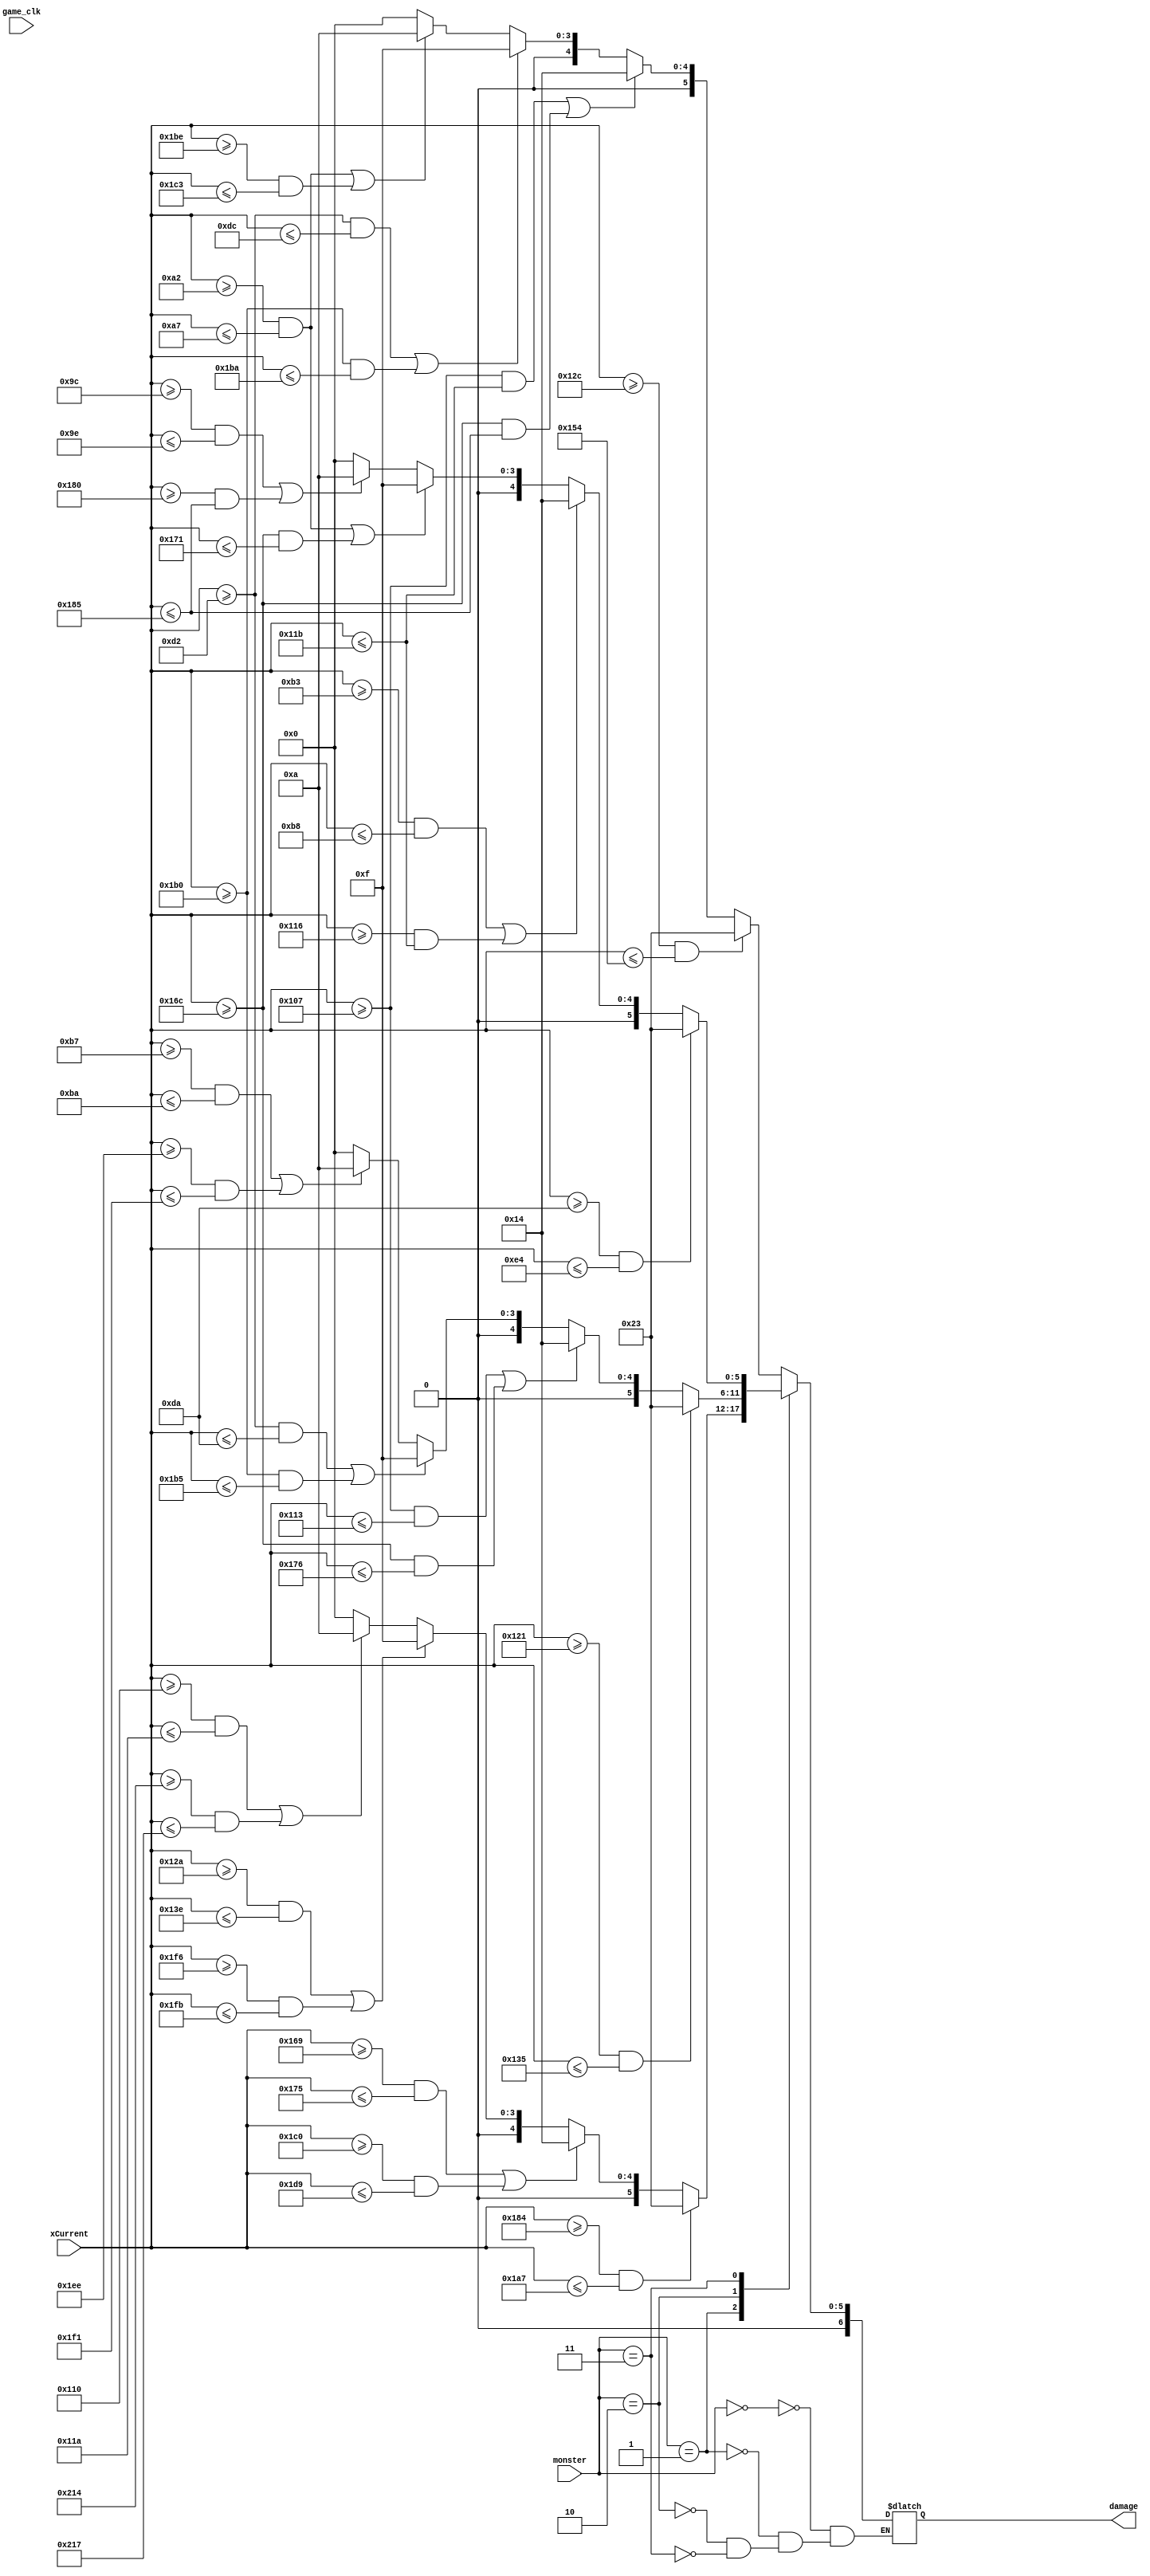
`timescale 1ns / 1ps
//////////////////////////////////////////////////////////////////////////////////
// Company: Chulalongkorn University
// Organization: This pug is on fire!
// 
// Design Name: 
// Module Name: damageCompute
// Project Name: 
// Target Devices: 
// Tool Versions: 
// Description: 
// 
// Dependencies: 
// 
// Revision:
// Revision 0.01 - File Created
// Additional Comments:
// 
//////////////////////////////////////////////////////////////////////////////////


module damageCompute(
    input game_clk,
    input [9:0] xCurrent,
    input [2:0] monster,
    output [6:0] damage
    );
    reg [6:0] Vdamage;
    reg [3:0] color;
    
    assign damage = Vdamage;
    //damage 35, 20, 15, 10, 0 -> (35 is White)
    always @ (game_clk)
    begin
        case(monster)
            0: begin 
                if (xCurrent>=300 && xCurrent<=340) Vdamage = 35;
                else if ((xCurrent>=263 && xCurrent<=283) | (xCurrent>=364 && xCurrent<=389)) Vdamage = 20;
                else if ((xCurrent>=210 && xCurrent<=220) | (xCurrent>=432 && xCurrent<=442)) Vdamage = 15;
                else if ((xCurrent>=162 && xCurrent<=167) | (xCurrent>=446 && xCurrent<=451)) Vdamage = 10;
                else Vdamage = 0;
            end
            1:begin 
                if (xCurrent>=388 && xCurrent<=423) Vdamage = 35;
                else if ((xCurrent>=361 && xCurrent<=373) | (xCurrent>=448 && xCurrent<=473)) Vdamage = 20;
                else if ((xCurrent>=298 && xCurrent<=318) | (xCurrent>=502 && xCurrent<=507)) Vdamage = 15;
                else if ((xCurrent>=272 && xCurrent<=282) | (xCurrent>=532 && xCurrent<=535)) Vdamage = 10;
                else Vdamage = 0;
            end
            2:begin 
                if (xCurrent>=289 && xCurrent<=309) Vdamage = 35;
                else if ((xCurrent>=263 && xCurrent<=275) | (xCurrent>=364 && xCurrent<=374)) Vdamage = 20;
                else if ((xCurrent>=210 && xCurrent<=218) | (xCurrent>=432 && xCurrent<=437)) Vdamage = 15;
                else if ((xCurrent>=183 && xCurrent<=186) | (xCurrent>=494 && xCurrent<=497)) Vdamage = 10;
                else Vdamage = 0;
            end
            3:begin 
                if (xCurrent>=218 && xCurrent<=228) Vdamage = 35;
                else if ((xCurrent>=179 && xCurrent<=184) | (xCurrent>=278 && xCurrent<=283)) Vdamage = 20;
                else if ((xCurrent>=162 && xCurrent<=167) | (xCurrent>=364 && xCurrent<=369)) Vdamage = 15;
                else if ((xCurrent>=156 && xCurrent<=158) | (xCurrent>=384 && xCurrent<=389)) Vdamage = 10;
                else Vdamage = 0;
            end 
        endcase
    end
    
    
endmodule